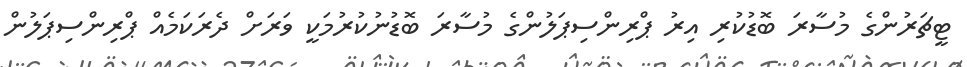
ޓީޗަރުންގެ މުސާރަ ބޮޑުކުރި އިރު ޕްރިންސިޕަލުންގެ މުސާރަ ބޮޑުނުކުރުމަކީ ވަރަށް ދެރަކަމެއް ޕްރިންސިޕަލުން